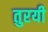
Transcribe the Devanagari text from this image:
तुरयी